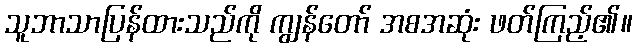
သူဘာသာပြန်ထားသည်ကို ကျွန်တော် အစအဆုံး ဖတ်ကြည့်၏။